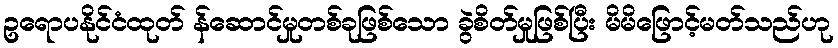
ဥရောပနိုင်ငံထုတ် န်ဆောင်မှုတစ်ခုဖြစ်သော ခွဲစိတ်မှုဖြစ်ပြီး မိမိဖြောင့်မတ်သည်ဟု